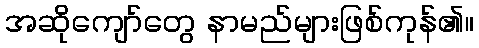
အဆိုကျော်တွေ နာမည်များဖြစ်ကုန်၏။